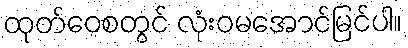
ထုတ်ဝေစတွင် လုံးဝမအောင်မြင်ပါ။